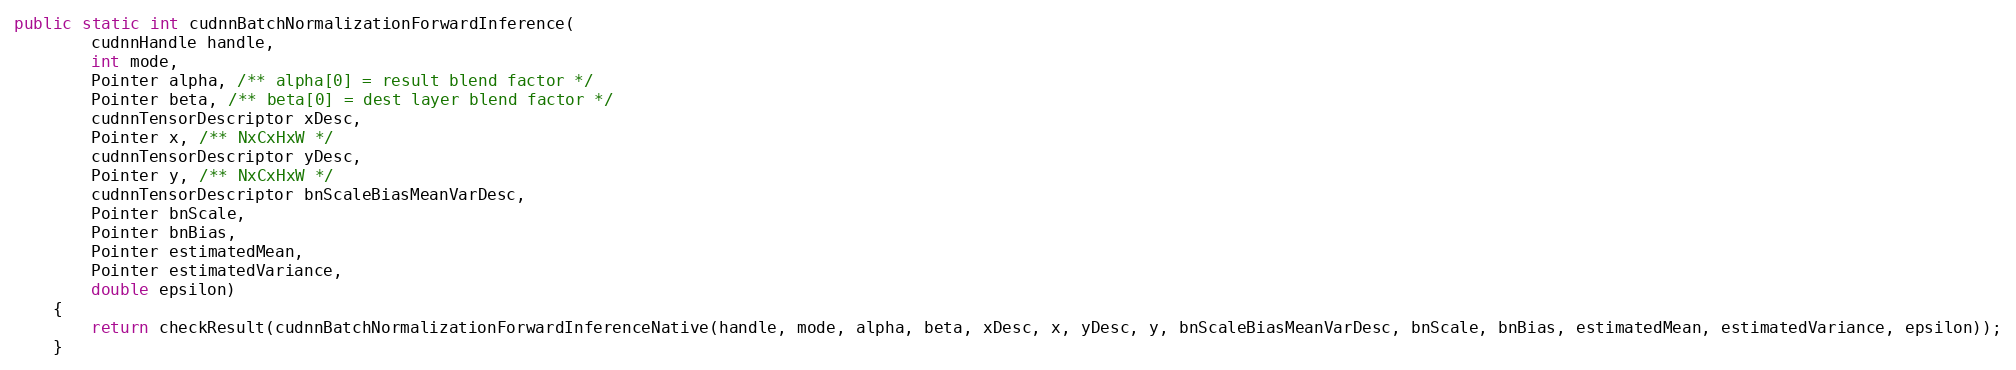
Language: Java
public static int cudnnBatchNormalizationForwardInference(
        cudnnHandle handle,
        int mode,
        Pointer alpha, /** alpha[0] = result blend factor */
        Pointer beta, /** beta[0] = dest layer blend factor */
        cudnnTensorDescriptor xDesc,
        Pointer x, /** NxCxHxW */
        cudnnTensorDescriptor yDesc,
        Pointer y, /** NxCxHxW */
        cudnnTensorDescriptor bnScaleBiasMeanVarDesc,
        Pointer bnScale,
        Pointer bnBias,
        Pointer estimatedMean,
        Pointer estimatedVariance,
        double epsilon)
    {
        return checkResult(cudnnBatchNormalizationForwardInferenceNative(handle, mode, alpha, beta, xDesc, x, yDesc, y, bnScaleBiasMeanVarDesc, bnScale, bnBias, estimatedMean, estimatedVariance, epsilon));
    }